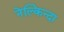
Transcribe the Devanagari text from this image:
नेल्किन्दा